Lunatic asylums Central Provinces reports 1895-1909 - 1895-1909
Year: 1895
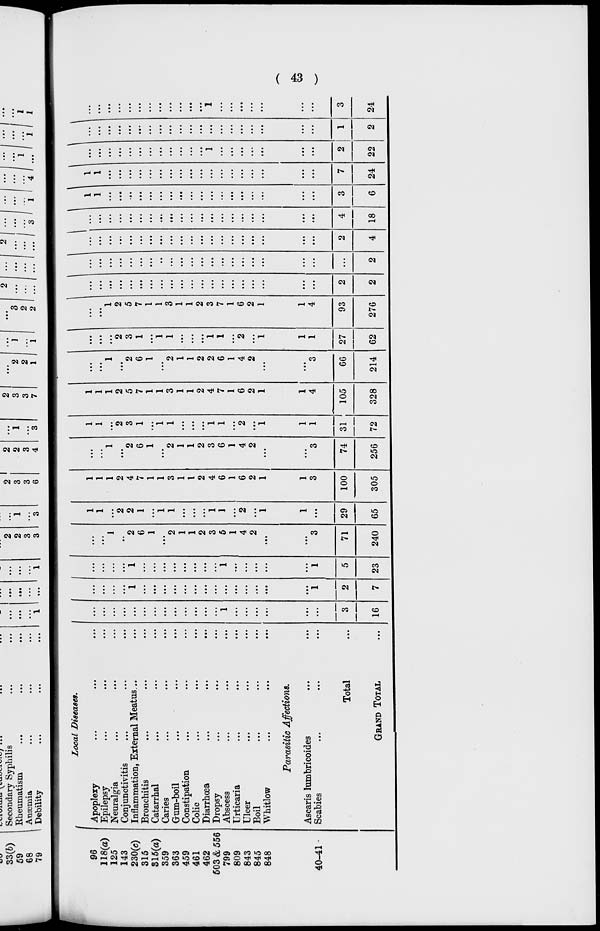
( 43 )
96
118(a)
125
143
230(c)
315
315(a)
359
363
459
461
462
503 & 556
799
809
843
845
848
40—41
Local Diseases.
Apoplexy
...
...
...
Epilepsy ... ... ...
Neuralgia ... ... ...
Conjunctivitis ... ... ...
Inflammation, External Meatus ... ...
Bronchitis ... ... ...
Catarrhal ... ... ...
Caries
...
...
...
Gum-boil ... ... ...
Constipation ... ... ...
Colic
...
...
...
Diarrhœa ... ... ...
Dropsy
...
...
...
Abscess
...
...
...
Urticaria ... ... ...
Ulcer
...
...
...
Boil
...
...
...
Whitlow ... ... ...
Parasitic Affections.
Ascaris Iumbricoides
Scabies
...
...
...
Total ...
GRAND TOTAL ...
...
...
...
...
...
...
...
...
...
...
...
...
...
1
...
...
...
...
...
...
3
16
...
...
...
...
1
...
...
...
...
...
...
...
...
...
...
...
...
...
...
1
2
7
...
...
...
...
1
...
...
...
...
...
...
...
...
1
...
...
...
...
...
1
5
23
...
...
1
...
2
6
1
...
2
1
1
2
3
5
1
4
2
...
...
3
71
240
1
1
...
2
2
1
...
1
1
...
...
...
1
1
...
2
...
1
1
...
29
65
1
1
1
2
4
7
1
1
3
1
1
2
4
6
1
6
2
1
1
3
100
305
...
...
1
...
2
6
1
...
2
1
1
2
3
6
1
4
2
...
...
3
74
256
1
1
...
2
3
1
...
1
1
...
...
...
1
1
...
2
...
1
1
1
31
72
1
1
1
2
5
7
1
1
3
1
1
2
4
7
1
6
2
1
1
4
105
328
...
...
1
...
2
6
1
...
2
1
1
2
2
6
1
4
2
...
...
3
66
214
...
...
...
2
3
1
...
1
1
...
...
...
1
1
...
2
...
1
1
1
27
62
...
...
1
2
5
7
1
1
3
1
1
2
3
7
1
6
2
1
1
4
93
276
...
...
...
...
...
...
...
...
...
...
...
...
...
...
...
...
...
...
...
...
2
2
...
...
...
...
...
...
...
...
...
...
...
...
...
...
...
...
...
...
...
...
...
2
...
...
...
...
...
...
...
...
...
...
...
...
...
...
...
...
...
...
...
...
2
4
...
...
...
...
...
...
...
...
...
...
...
...
...
...
...
...
...
...
...
...
4
18
1
1
...
...
...
...
...
...
...
...
...
...
...
...
...
...
...
...
...
...
3
6
1
1
...
...
...
...
...
...
...
...
...
...
...
...
...
...
...
...
...
...
7
24
...
...
...
...
...
...
...
...
...
...
...
...
1
...
...
...
...
...
...
...
2
22
...
...
...
...
...
...
...
...
...
...
...
...
...
...
...
...
...
...
...
...
1
2
... ...
...
...
...
...
...
...
...
...
...
...
1
...
...
...
...
...
...
...
3
24